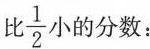
比\frac{1}{2}小的分数：